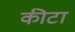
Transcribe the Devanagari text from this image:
कीटा